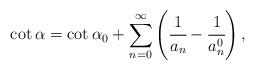
LaTeX: \begin{align*} \cot \alpha = \cot \alpha_0 + \sum_{n=0}^{\infty} \left( \cfrac{1}{a_n} - \cfrac{1}{a_n^0} \right),\end{align*}